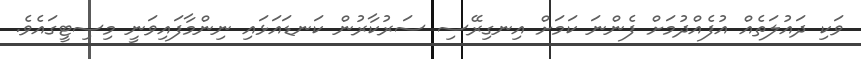
ވަކި ދައުލަތެއް އުފެއްދުމަށް ފެންނަ ކަމަށް އިނގިރޭސި ސަރުކާރުން ކަނޑައަޅައި ނިންމާފައިވަނީ މިސިޓީގައެވެ.